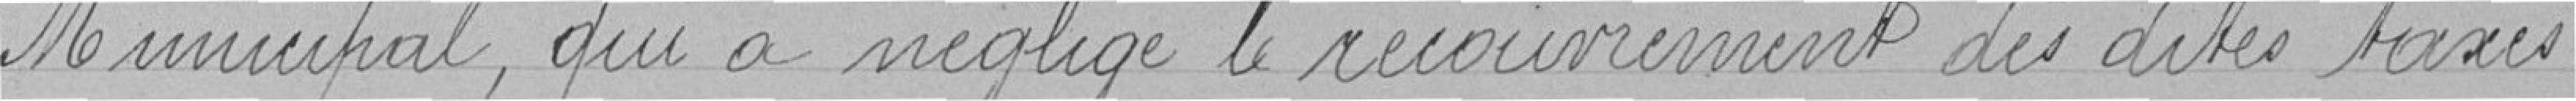
Municipal, qui a négligé le recouvrement des dites bases